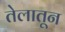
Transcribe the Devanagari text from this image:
तेलातून